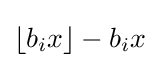
\lfloor b_{i}x\rfloor -b_{i}x